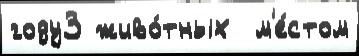
году3 живо́тных  м'е́стом